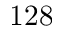
1 2 8